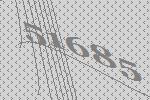
51685